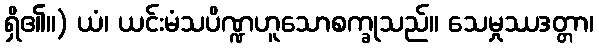
ရှိ၏။) ယံ၊ ယင်းမံသပိဏ္ဍဟူသောစက္ခုသည်။ သေမှုဿဒတ္တာ၊